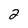
Character: 2